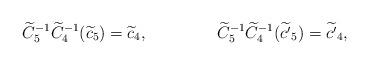
LaTeX: \begin{align*}&\widetilde{C}_5^{-1} \widetilde{C}_4^{-1}(\widetilde{c}_5) = \widetilde{c}_4,& &\widetilde{C}_5^{-1} \widetilde{C}_4^{-1}(\widetilde{c^\prime}_5) = \widetilde{c^\prime}_4,& \end{align*}